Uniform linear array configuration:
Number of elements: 24
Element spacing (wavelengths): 0.5
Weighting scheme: binomial
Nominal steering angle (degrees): -15
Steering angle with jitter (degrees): -16.808
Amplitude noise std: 0.05
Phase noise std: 0.05

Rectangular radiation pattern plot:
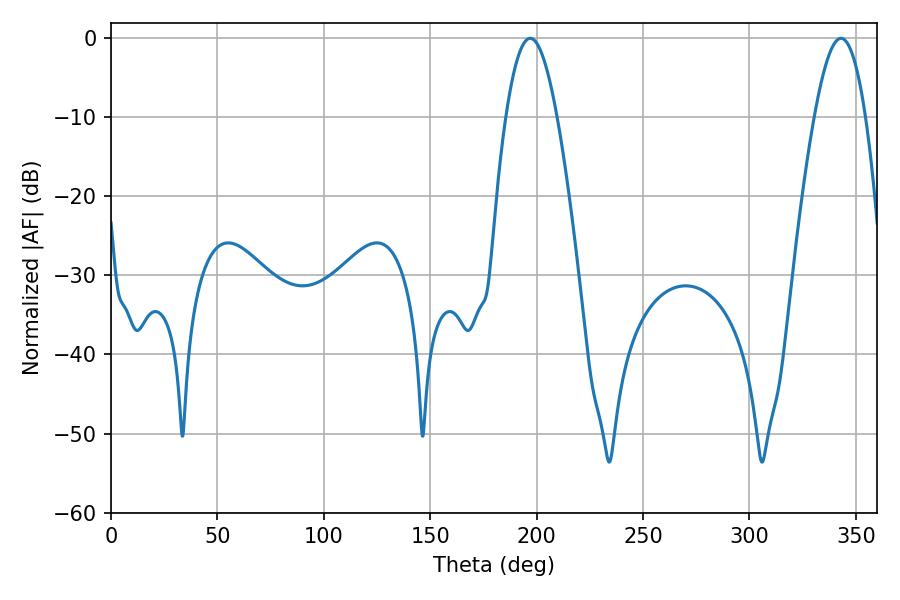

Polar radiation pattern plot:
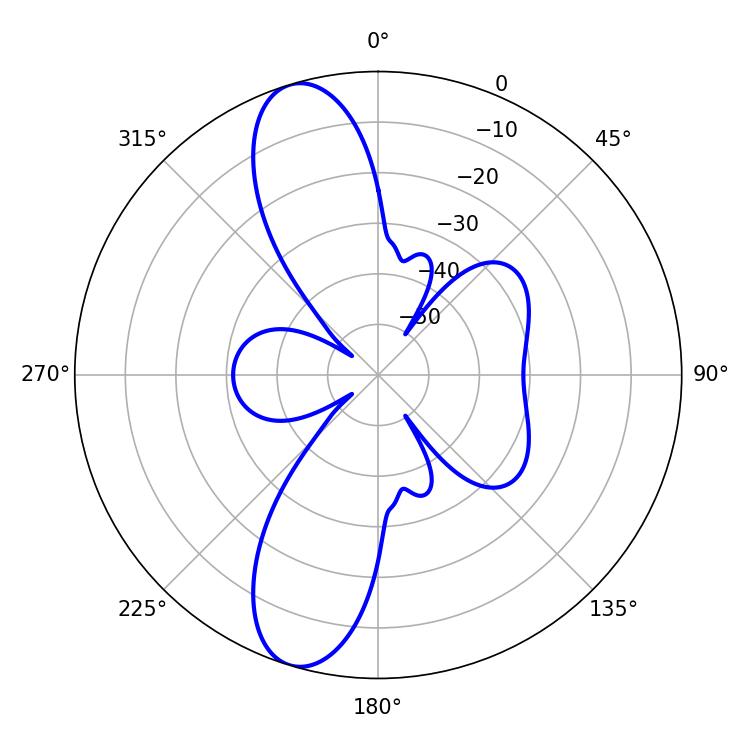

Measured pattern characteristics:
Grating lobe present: FALSE
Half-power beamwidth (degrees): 13.14
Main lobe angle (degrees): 196.92